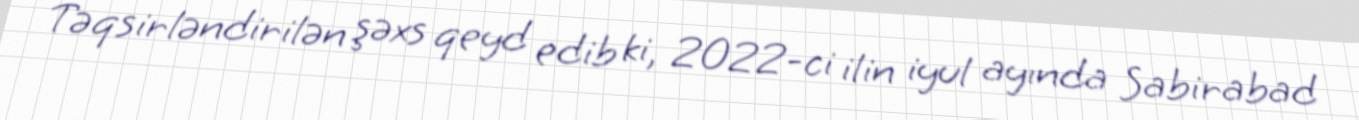
Təqsirləndirilən şəxs qeyd edib ki, 2022-ci ilin iyul ayında Sabirabad